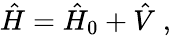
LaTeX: \hat{H}=\hat{H}_{0}+\hat{V}\; ,